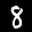
Label: 8